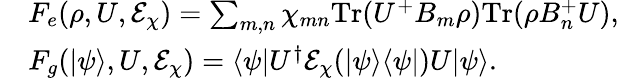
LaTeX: \begin{array}{rl}&{F_{e}(\rho,U,\mathcal{E}_{\chi})=\sum_{m,n}\chi_{mn}\textrm{Tr}(U^{+}B_{m}\rho)\textrm{Tr}(\rho B_{n}^{+}U),}\\ &{F_{g}(|\psi\rangle,U,\mathcal{E}_{\chi})=\langle\psi|U^{\dagger}\mathcal{E}_{\chi}(|\psi\rangle\langle\psi|)U|\psi\rangle.}\end{array}